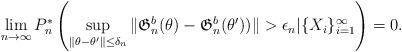
LaTeX: \begin{align*}\lim_{n\to\infty}P^*_n \left(\sup_{\|\theta-\theta'\|\le \delta_n}\|\mathfrak G^b_{n}(\theta)-\mathfrak G^b_{n}(\theta'))\|>\epsilon_n|\{X_i\}_{i=1}^\infty \right)=0.\end{align*}